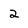
Character: 2